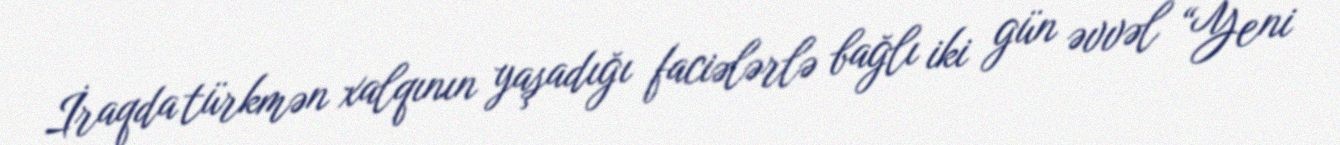
İraqda türkmən xalqının yaşadığı faciələrlə bağlı iki gün əvvəl “Yeni